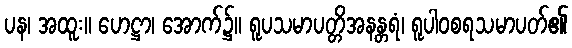
ပန၊ အထူး။ ဟေဋ္ဌာ၊ အောက်၌။ ရူပသမာပတ္တိအနန္တရံ၊ ရူပါဝစရသမာပတ်၏